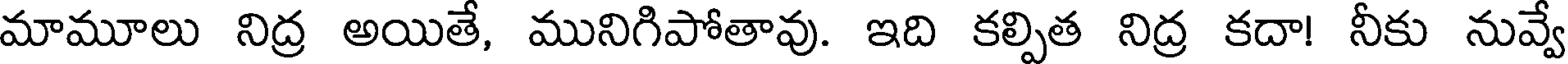
మామూలు నిద్ర అయితే, మునిగిపోతావు. ఇది కల్పిత నిద్ర కదా! నీకు నువ్వే